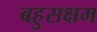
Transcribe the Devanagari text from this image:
बहुसक्षम